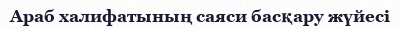
Араб халифатының саяси басқару жүйесі